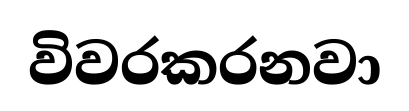
විවරකරනවා